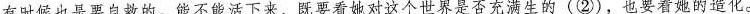
有时候也是要自救的。能不能活下来，既要看她对这个世界是否充满生的(②)，也要看她的造化。